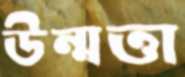
উন্মত্তা